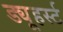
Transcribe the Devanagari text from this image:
ड्यूहर्स्ट